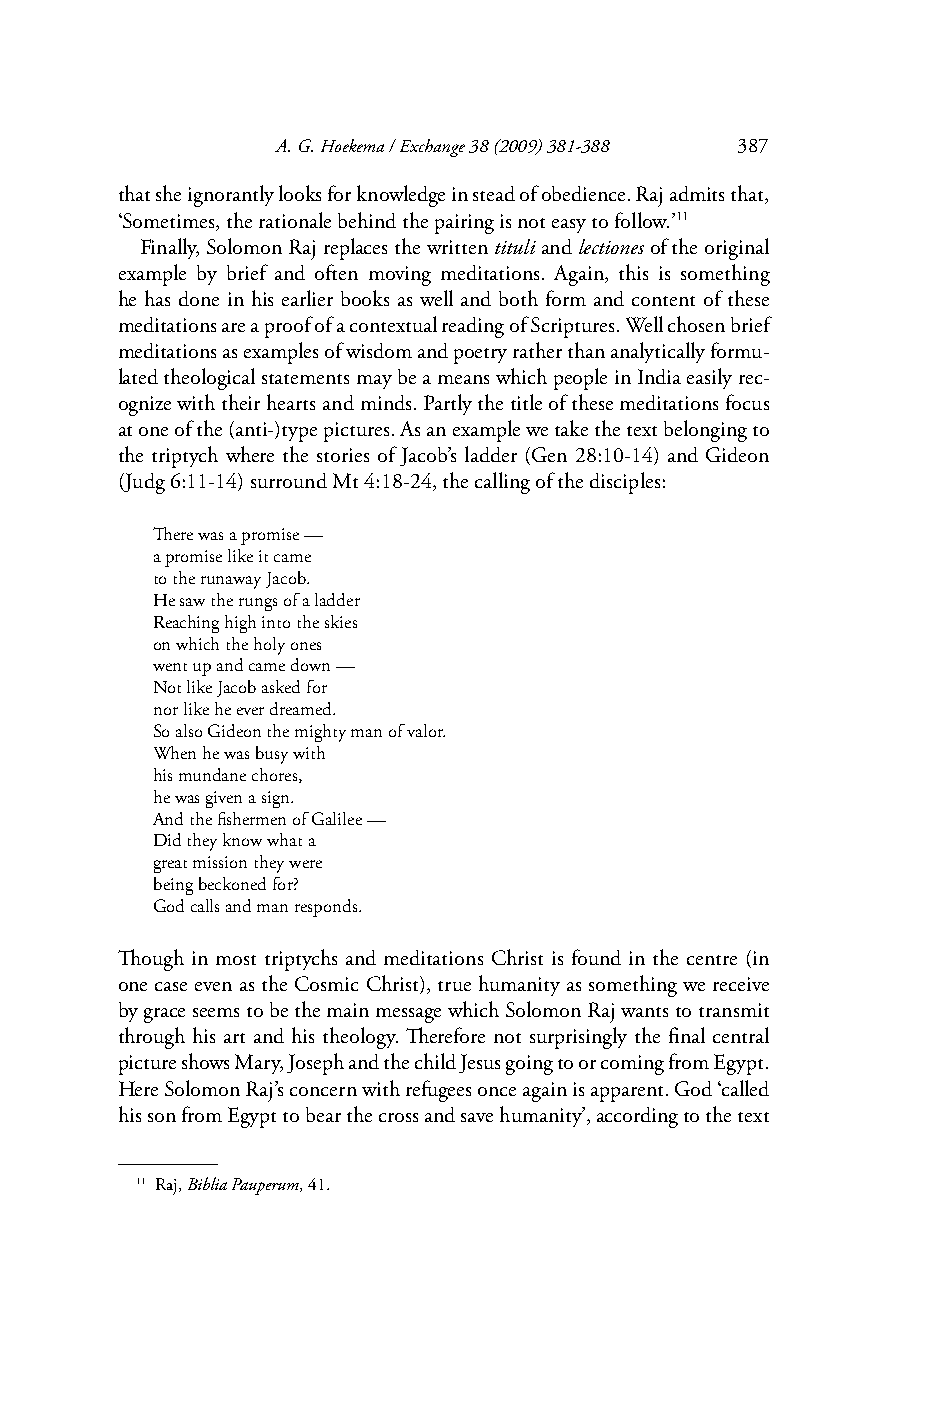
A. G. Hoekema / Exchange 38 (2009) 381-388 387
 that she ignorantly looks for knowledge in stead of obedience. Raj admits that,
 ‘Sometimes, the rationale behind the pairing is not easy to follow.’11
 Finally, Solomon Raj replaces the written tituli and lectiones of the original
 example by brief and often moving meditations. Again, this is something
 he has done in his earlier books as well and both form and content of these
 meditations are a proof of a contextual reading of Scriptures. Well chosen brief
 meditations as examples of wisdom and poetry rather than analytically formu-
 lated theological statements may be a means which people in India easily rec-
 ognize with their hearts and minds. Partly the title of these meditations focus
 at one of the (anti-)type pictures. As an example we take the text belonging to
 the triptych where the stories of Jacob’s ladder (Gen 28:10-14) and Gideon
 (Judg 6:11-14) surround Mt 4:18-24, the calling of the disciples:
 Th ere was a promise —
 a promise like it came
 to the runaway Jacob.
 He saw the rungs of a ladder
 Reaching high into the skies
 on which the holy ones
 went up and came down —
 Not like Jacob asked for
 nor like he ever dreamed.
 So also Gideon the mighty man of valor.
 When he was busy with
 his mundane chores,
 he was given a sign.
 And the fi shermen of Galilee —
 Did they know what a
 great mission they were
 being beckoned for?
 God calls and man responds.
 Th ough in most triptychs and meditations Christ is found in the centre (in
 one case even as the Cosmic Christ), true humanity as something we receive
 by grace seems to be the main message which Solomon Raj wants to transmit
 through his art and his theology. Th erefore not surprisingly the fi nal central
 picture shows Mary, Joseph and the child Jesus going to or coming from Egypt.
 Here Solomon Raj’s concern with refugees once again is apparent. God ‘called
 his son from Egypt to bear the cross and save humanity’, according to the text
 11 Raj, Biblia Pauperum, 41.